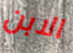
الابن